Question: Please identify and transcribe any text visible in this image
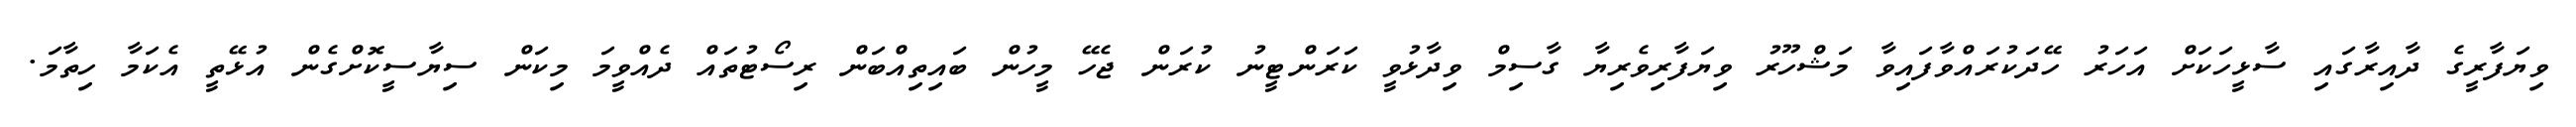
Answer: ވިޔަފާރީގެ ދާއިރާގައި ސާޅީހަކަށް އަހަރު ހޭދަކުރައްވާފައިވާ މަޝްހޫރު ވިޔަފާރިވެރިޔާ ގާސިމް ވިދާޅުވީ ކަރަންޓީނު ކުރަން ޖެހޭ މީހުން ބައިތިއްބަން ރިސޯޓުތައް ދެއްވީމަ މިކަން ސިޔާސީކޮށްގެން އުޅޭތީ އެކަމާ ހިތާމަ.